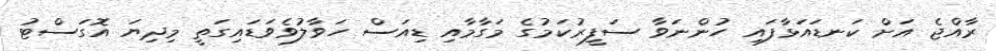
ރާއްޖެ އަށް ކަނޑައަޅާފައި ހުންނަވާ ސަފީރުކަމުގެ މަގާމާއި ޑިއަސް ހަވާލުވެވަޑައިގަތީ މިދިޔަ އޮގަސްޓު